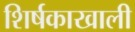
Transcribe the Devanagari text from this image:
शिर्षकाखाली